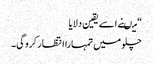
“ میںنے اسے یقین دلایا
چلو میں تمہارا انتظار کرو گی۔